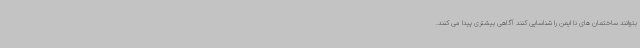
بتوانند ساختمان های نا ایمن را شناسایی کنند آگاهی بیشتری پیدا می کنند.